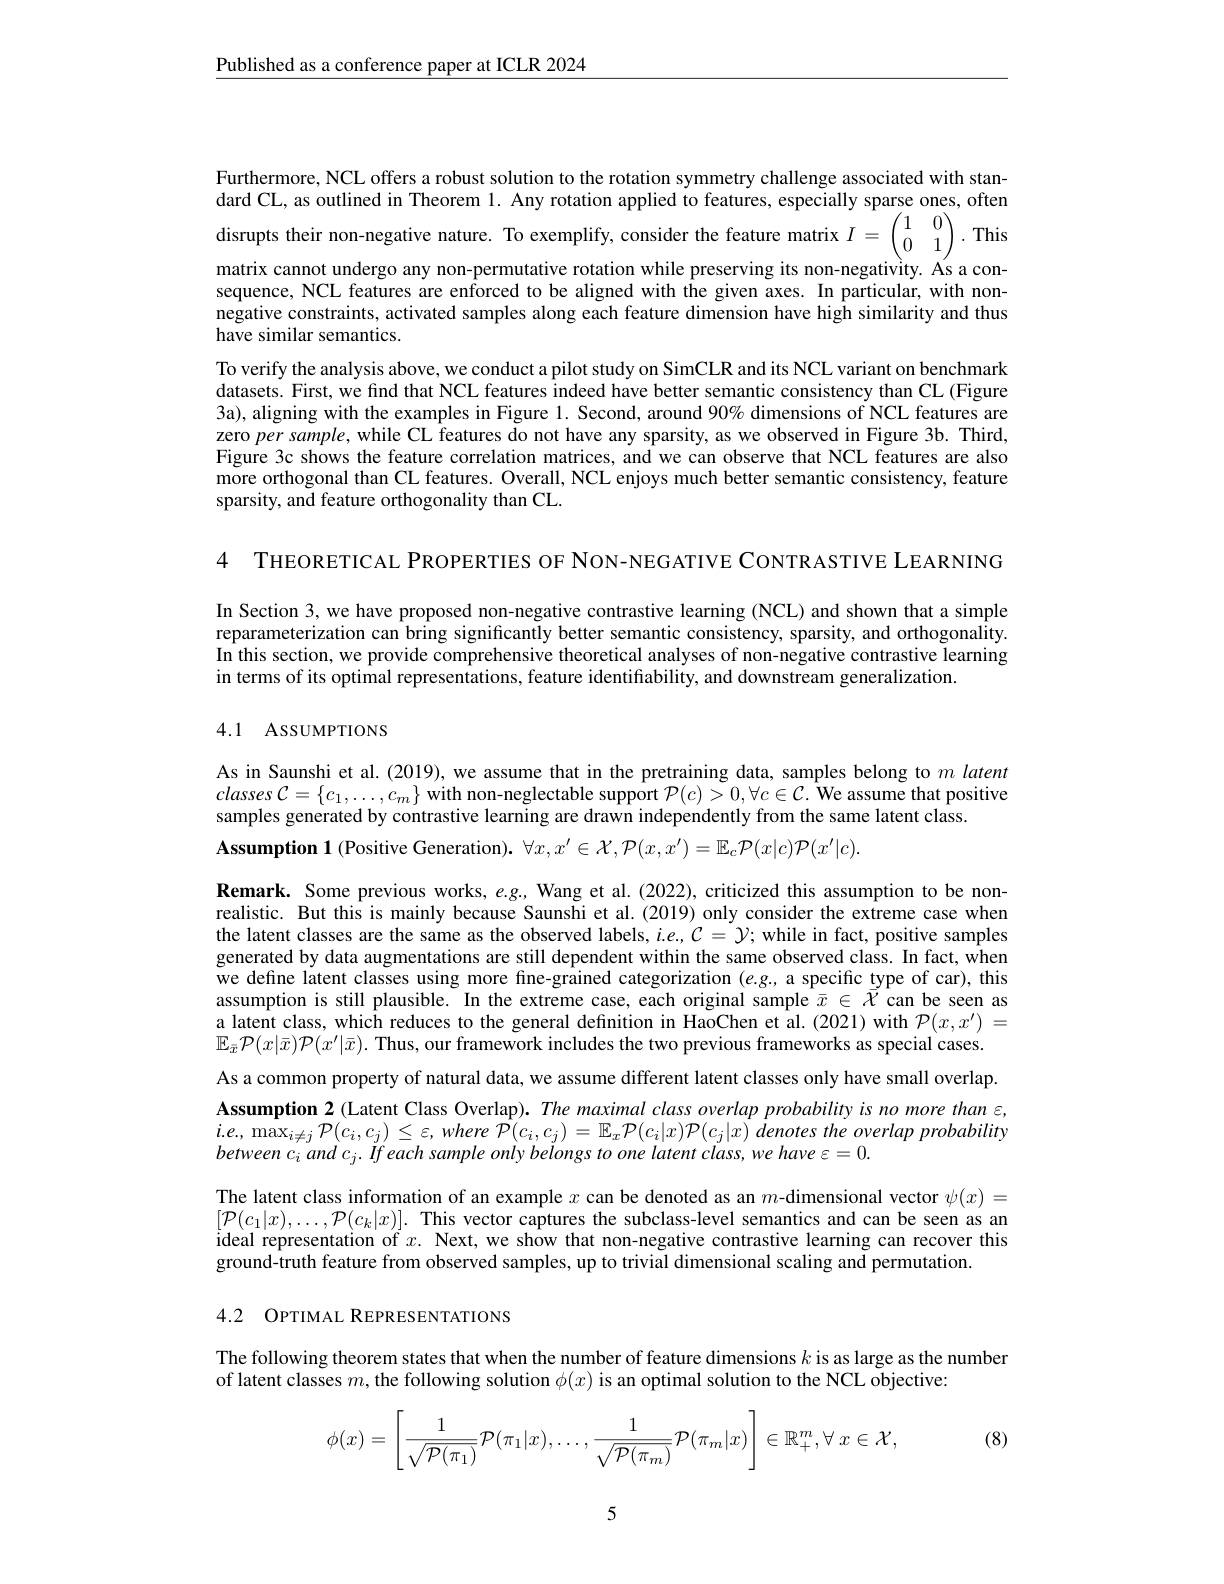
$\underline{\text{Published as a conference paper at ICLR 2024}}$

Furthermore, NCL offers a robust solution to the rotation symmetry challenge associated with standard CL, as outlined in Theorem 1. Any rotation applied to features, especially sparse ones, often disrupts their non-negative nature. To exemplify, consider the feature matrix $I=\begin{pmatrix}1&0\\0&1\end{pmatrix}.$ This matrix cannot undergo any non-permutative rotation while preserving its non-negativity. Ås a consequence, NCL features are enforced to be aligned with the given axes. In particular, with nonnegative constraints, activated samples along each feature dimension have high similarity and thus have similar semantics.
To verify the analysis above, we conduct a pilot study on SimCLR and its NCL variant on benchmark datasets. First, we find that NCL features indeed have better semantic consistency than CL (Figure 3a), aligning with the examples in Figure 1. Second, around $90\%$ dimensions of NCL features are zero per sample, while CL features do not have any sparsity, as we observed in Figure 3b. Third, Figure 3c shows the feature correlation matrices, and we can observe that NCL features are also more orthogonal than CL features. Overall, NCL enjoys much better semantic consistency, feature sparsity, and feature orthogonality than CL.

4 THEORETICAL PROPERTIES OF NON-NEGATIVE CONTRASTIVE LEARNING

In Section 3, we have proposed non-negative contrastive learning (NCL) and shown that a simple reparameterization can bring significantly better semantic consistency, sparsity, and orthogonality. In this section, we provide comprehensive theoretical analyses of non-negative contrastive learning in terms of its optimal representations, feature identiffability, and downstream generalization.

## 4.1 ASSUMPTIONS

As in Saunshi et al.(2019), we assume that in the pretraining data, samples belong to $m$ latent $classes\mathcal{C}=\{c_{1},\ldots,c_{m}\}$ with non-neglectable support $\mathcal{P}(c)>0,\forall c\in\mathcal{C}.$ We assume that positive samples generated by contrastive learning are drawn independently from the same latent class.
$\mathbf{Assumption~1~(Positive~Generation).~}\forall x,x^{\prime}\in\mathcal{X},\mathcal{P}(x,x^{\prime})=\mathbb{E}_{c}\mathcal{P}(x|c)\mathcal{P}(x^{\prime}|c).$

$\textbf{Remark. Some previous works, e. g, Wang et al. ( 2022) , criticized this assumption to be non- }$ realistic. But this is mainly because Saunshi et al. (2019) only consider the extreme case when the latent classes are the same as the observed labels, $i.e.,C=\gamma;$ while in fact, positive samples generated by data augmentations are still dependent within the same observed class. In fact, when we define latent classes using more fine-grained categorization $(e.g$, a specific type of car), this assumption is still plausible. In the extreme case, each original sample $\bar{x}\in\bar{\mathcal{X}}$ can be seen as a latent class, which reduces to the general definition in HaoChen et al. (2021) with $\mathcal{P}(x,x^{\prime})=$ $\mathbb{E}_{\bar{x}}\mathcal{P}(x|\bar{x})\mathcal{P}(x^{\prime}|\bar{x}).$ Thus, our framework includes the two previous frameworks as special cases. As a common property of natural data, we assume different latent classes only have small overlap. Assumption 2 (Latent Class Overlap). The maximal class overlap probability is no more than $\varepsilon$, $\dot{\iota } . e$, $\max _{i\neq j}\mathcal{P} ( c_{i}, c_{j}) \leq \varepsilon $, where $\hat{P} ( c_{i}, c_{j}) = \mathbb{E} _{x}\mathcal{P} ( c_{i}| x) \mathcal{P} ( c_{j}| x)$ $\dot{d} enotes$ the overlap probability between ci and cj. If each sample only belongs to one latent class, we have ε=0.
The latent class information of an example $x$ can be denoted as an $m$-dimensional vector $\psi(x)=$

$[\mathcal{P}(c_{1}|x),\ldots,\mathcal{P}(c_{k}|x)].$ This vector captures the subclass-level semantics and can be seen as an ideal representation of $x.$ Next, we show that non-negative contrastive learning can recover this ground-truth feature from observed samples, up to trivial dimensional scaling and permutation.

4.2 OPTIMAL REPRESENTATIONS

The following theorem states that when the number of feature dimensions $k$ is as large as the number
of latent classes $m$, the following solution $\phi(x)$ is an optimal solution to the NCL objective:

(8)
$$\phi(x)=\left[\frac{1}{\sqrt{\mathcal{P}(\pi_1)}}\mathcal{P}(\pi_1|x),\ldots,\frac{1}{\sqrt{\mathcal{P}(\pi_m)}}\mathcal{P}(\pi_m|x)\right]\in\mathbb{R}_+^m,\forall\:x\in\mathcal{X},$$
5